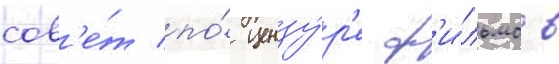
сов'е́т по́ цензу́р'е ф'и́льмов